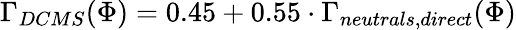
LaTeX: \Gamma_{DCMS}(\Phi)=0.45+0.55\cdot\Gamma_{neutrals,direct}(\Phi)